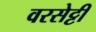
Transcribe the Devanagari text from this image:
वरसेट्टी